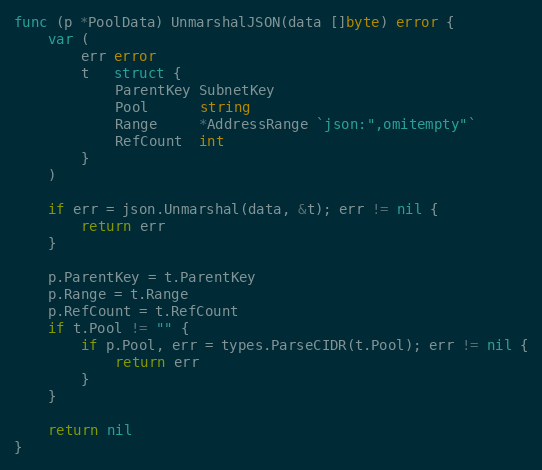
Language: Go
func (p *PoolData) UnmarshalJSON(data []byte) error {
	var (
		err error
		t   struct {
			ParentKey SubnetKey
			Pool      string
			Range     *AddressRange `json:",omitempty"`
			RefCount  int
		}
	)

	if err = json.Unmarshal(data, &t); err != nil {
		return err
	}

	p.ParentKey = t.ParentKey
	p.Range = t.Range
	p.RefCount = t.RefCount
	if t.Pool != "" {
		if p.Pool, err = types.ParseCIDR(t.Pool); err != nil {
			return err
		}
	}

	return nil
}